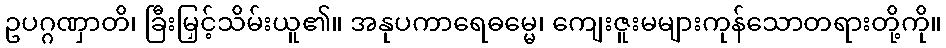
ဥပဂ္ဂဏှာတိ၊ ခြီးမြှင့်သိမ်းယူ၏။ အနုပကာရေဓမ္မေ၊ ကျေးဇူးမများကုန်သောတရားတို့ကို။